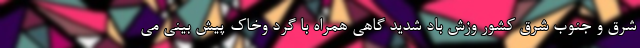
شرق و جنوب شرق کشور وزش باد شدید گاهی همراه با گرد وخاک پیش بینی می